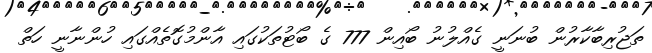
ތަޖުރިބާކާރުން ބުނަނީ ގެއްލުނު ބޯއިން 777 ގެ ބޯޓުތަކުގައި އާންމުގޮތެއްގައި ހުންނާނީ ހަތް